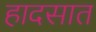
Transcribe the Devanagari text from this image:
हादसात